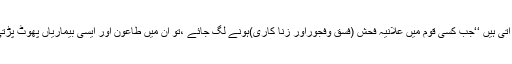
حضرت رسولؐ نے فرمایا تھا کہ ’’وبائیں کیوں آتی ہیں ‘‘جب کسی قوم میں علانیہ فحش (فسق وفجوراور زنا کاری)ہونے لگ جائے ،تو ان میں طاعون اور ایسی بیماریاں پھوٹ پڑتی ہیں جو ان سے پہلے کے لوگوں میں نہ تھیں ۔